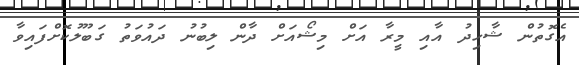
އެގޮތުން ޝާހިދު އާއި މީރާ އަށް މިޝޯއަށް ދާން ލިބުނު ދައުވަތު ގަބޫލުކޮށްފައިވާ